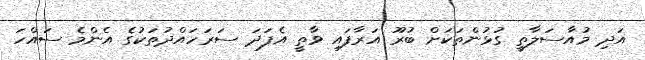
އަދި މުއާސަލާތީ ގުޅުންތަކަށް ބުރޫ އަރާފައި ވާތީ އެފަދަ ސަރަހައްދުތަކުގެ އެންމެ ސައްހަ